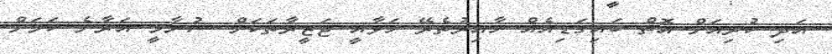
އަދި ކުރިއަށް އޮތް ބައިގަޑިއެއް ހާއިރުތެރޭ ހަވާއީ ޖަޒީރާތަކަށް ސުނާމީ އަރާނެ ކަމަށް